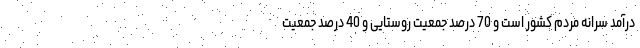
درآمد سرانه مردم کشور است و 70 درصد جمعیت روستایی و 40 درصد جمعیت